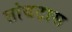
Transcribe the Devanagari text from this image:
तांबटास